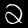
Label: 2